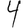
Digit: 4